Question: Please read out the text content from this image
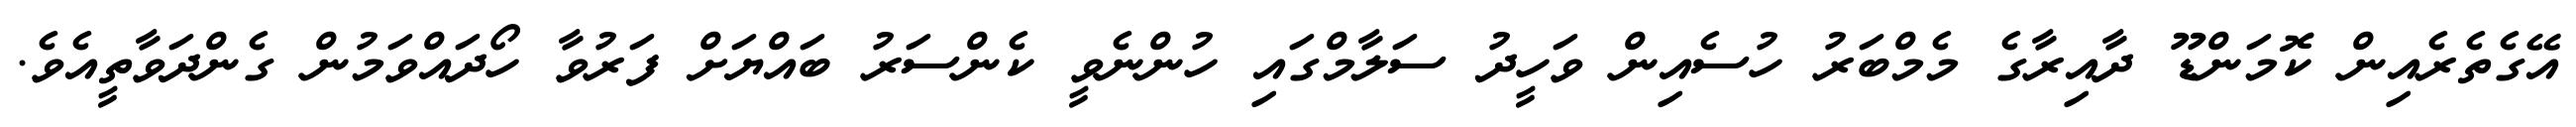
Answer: އޭގެތެރެއިން ކޮމަންޑޫ ދާއިރާގެ މެމްބަރު ހުސެއިން ވަހީދު ސަލާމްގައި ހުންނެވީ ކެންސަރު ބައްޔަށް ފަރުވާ ހޯދައްވަމުން ގެންދަވާތީއެވެ.